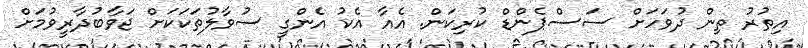
އިތުރު ތިން ދުވަހަށް ސަސްޕެންޑް ކުރިކަން. އެއާ އެކު އެންގީ ސުވާލުތަކަކަށް ޖަވާބުދާރީވުމަށް